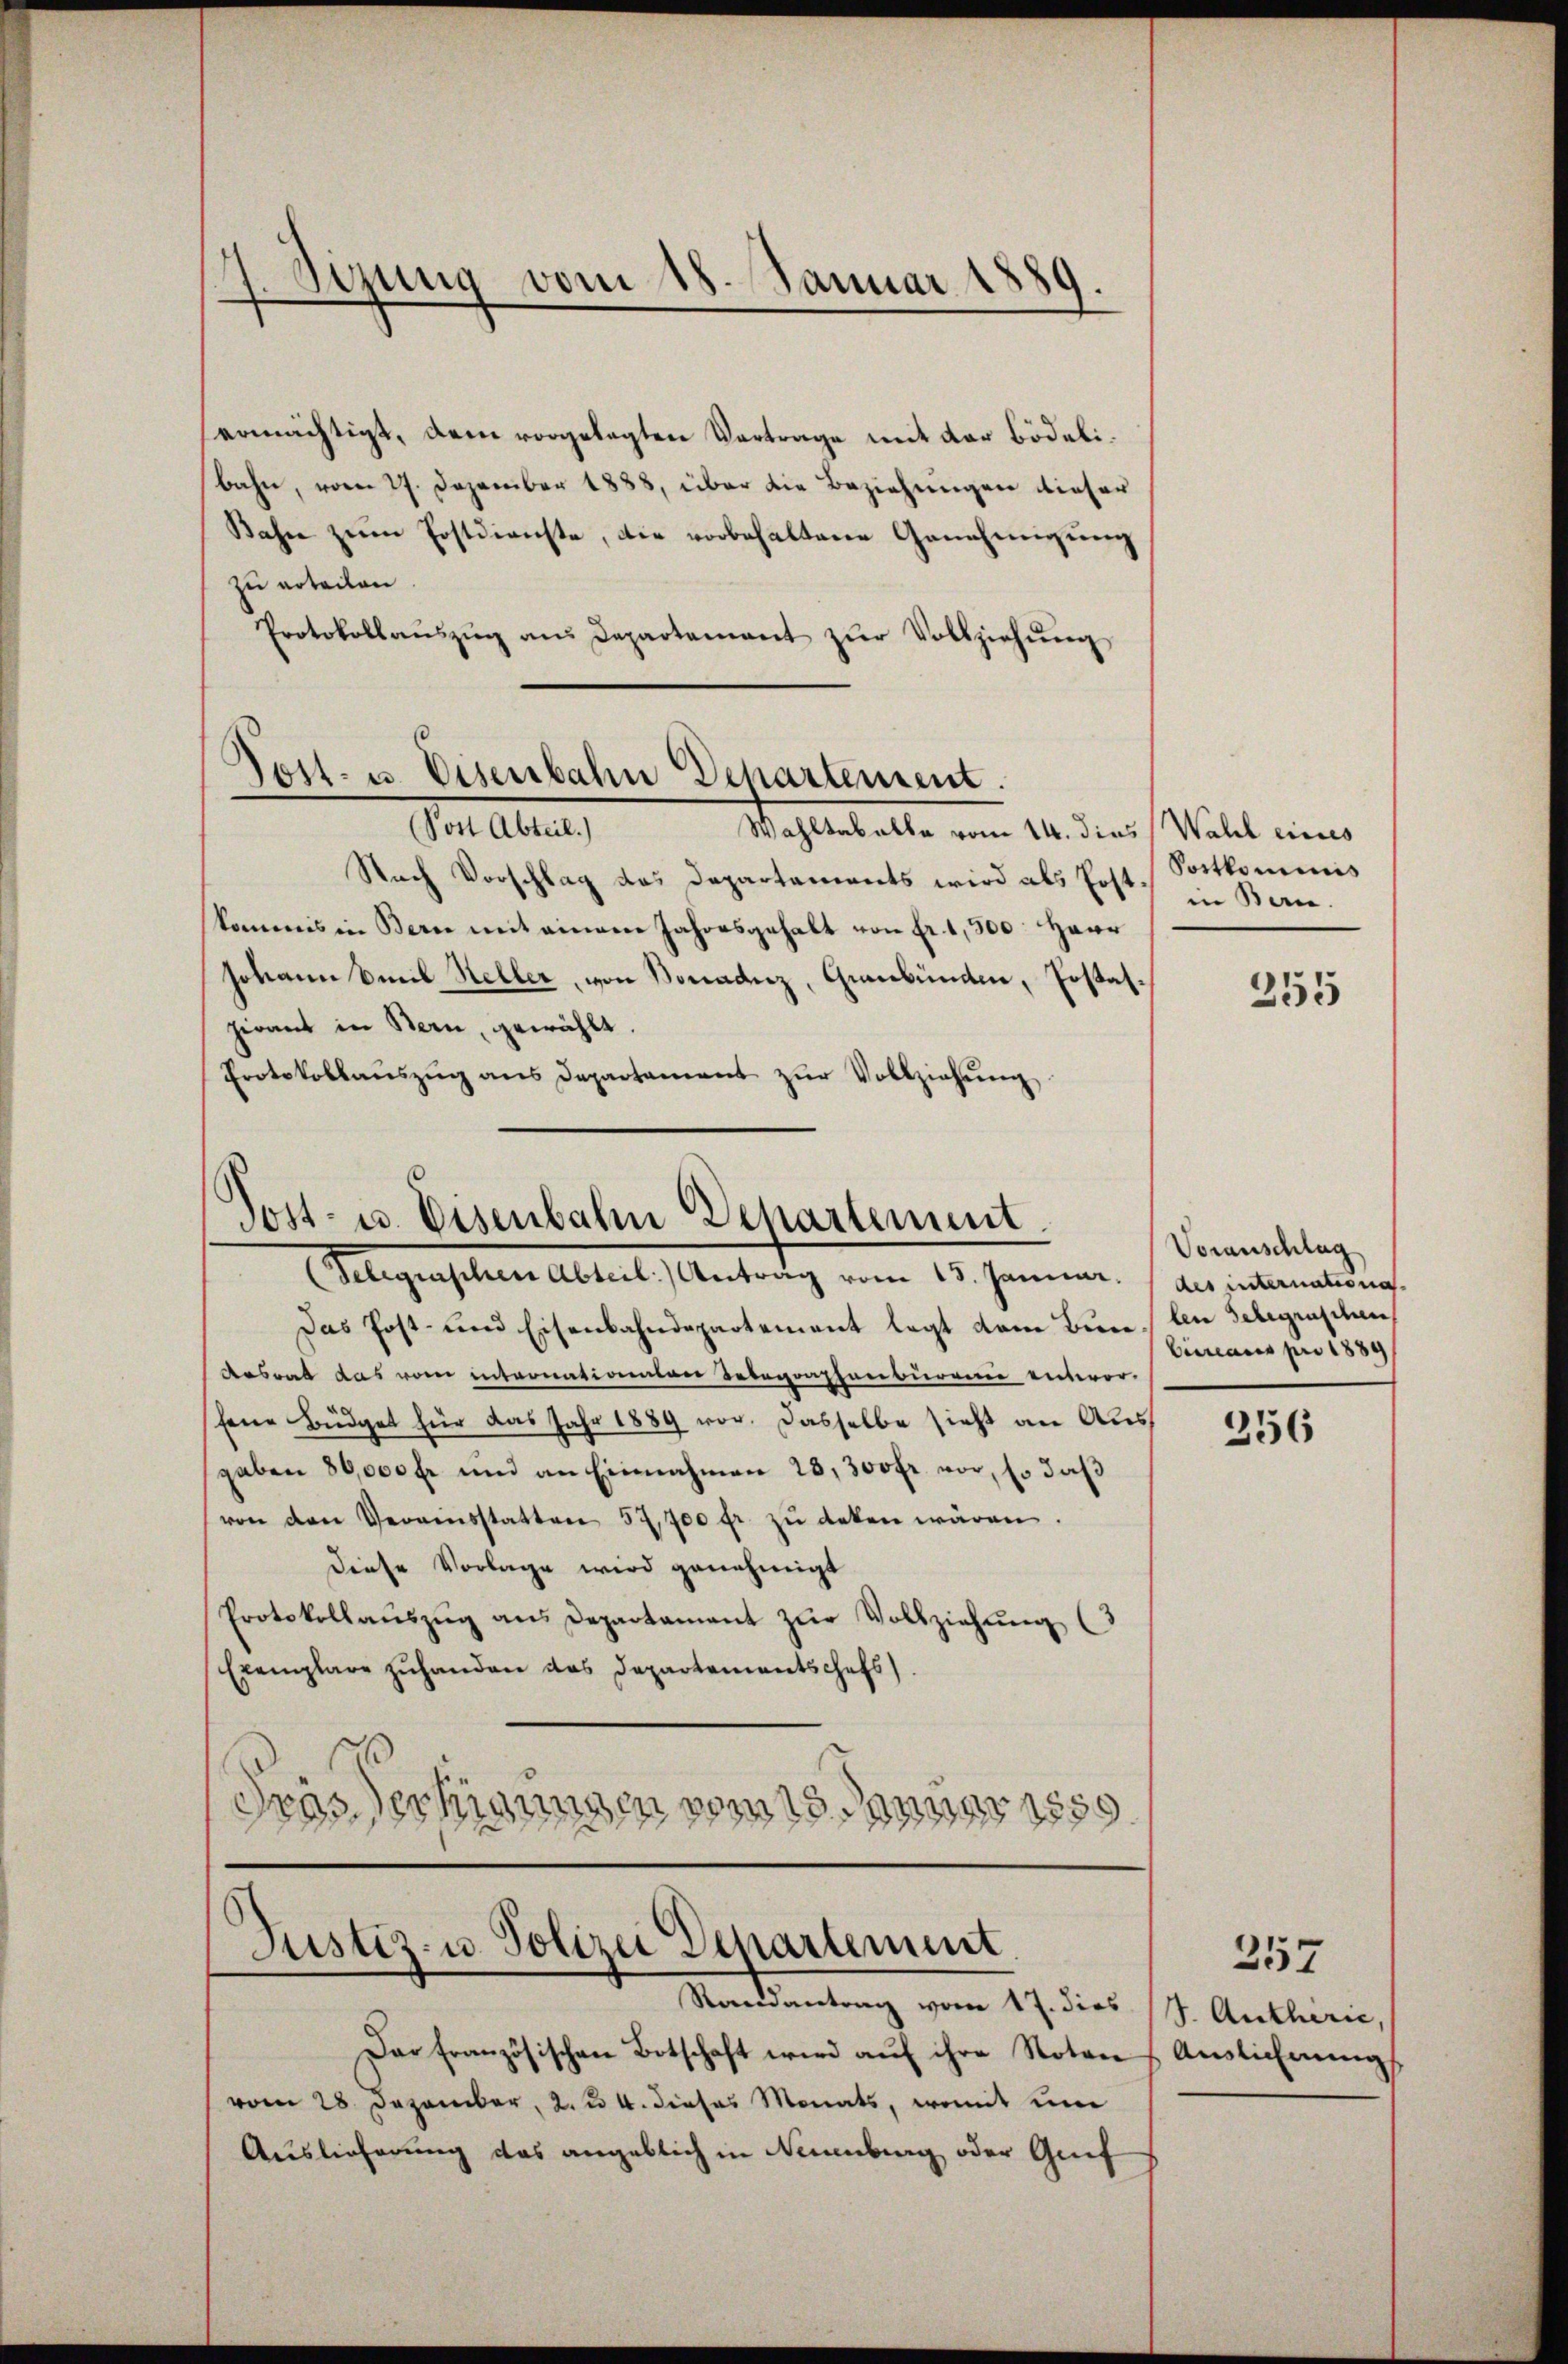
4. Sezung vom 18. Januar 1889.

Post- u. Eisenbahn Departement.

ermächtigt, dem vorgelegten Vortrage mit der Bödelibahn, vom 27. Dezember 1888, über die Beziehungen dieser
Bahn zum Erstdienste, die vorbehaltene Genehmigung
zu erteilen.
Protokollaŭszŭg ans Departement zŭr Vollziehŭng
(Post Abteil.)
Wahltabelle vom 14. dies Wahl eines
Nach Vorschlag das Departaments wird als Post- Berne.
kommis in Bern mit einem Jahresgehalt von Fr. 1,500. Herr
Johann Emil Heller, von Bonaanz, Graubünden, Postatpirant in Bern, gewählt.
Protokollaŭszŭg ans Departamens zŭr Vollziehŭng

Sost- u. Eisenbahn Departement

delegischen Abteil) Antrag vom 15. Januar.
Das Post- und Eisenbahndepartement legt dann Bure den Gelegraschen
Aesrat das vom intronationsrer Telegraphenburgen entwor-
fene Büdget für das Jahr 1889 vor. Dasselbe sieht an Ausgaben 86,000 fl und an Einnahmen 28,300 fr. vor, so daß
von den Vereinsstatten 52,700 fr. zŭ deken wären.
Diese Vorlage wird genehmigt
Protokollaŭszŭg ans Departament zŭr Vollziehŭng (3
Exemplare zŭhanden das Departementschefs
s
Frässertigungen vom 15. Januar 1850.

Justiz- u. Polizei Departement.
Randantrag vom 17. dies 4. Autherie,

Dar Französischen Botschaft wird auf ihre Noten
vom 28. Dezember, 2. 24. dieses Monats, womit um
Auslieferung das angeblich in Neuenburg oder Gref

Portkominis

255

Voranschlag
des internationa
Ciccans pro 1889/

256

257

Auslichnung